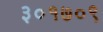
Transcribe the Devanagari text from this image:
३०१७०९